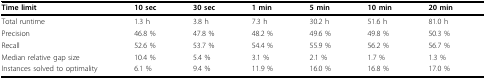
<table><thead><tr><td><b>Time limit</b></td><td><b>10 sec</b></td><td><b>30 sec</b></td><td><b>1 min</b></td><td><b>5 min</b></td><td><b>10 min</b></td><td><b>20 min</b></td></tr></thead><tbody><tr><td>Total runtime</td><td>1.3 h</td><td>3.8 h</td><td>7.3 h</td><td>30.2 h</td><td>51.6 h</td><td>81.0 h</td></tr><tr><td>Precision</td><td>46.8 %</td><td>47.8 %</td><td>48.2 %</td><td>49.6 %</td><td>49.8 %</td><td>50.3 %</td></tr><tr><td>Recall</td><td>52.6 %</td><td>53.7 %</td><td>54.4 %</td><td>55.9 %</td><td>56.2 %</td><td>56.7 %</td></tr><tr><td>Median relative gap size</td><td>10.4 %</td><td>5.4 %</td><td>3.1 %</td><td>2.1 %</td><td>1.7 %</td><td>1.3 %</td></tr><tr><td>Instances solved to optimality</td><td>6.1 %</td><td>9.4 %</td><td>11.9 %</td><td>16.0 %</td><td>16.8 %</td><td>17.0 %</td></tr></tbody></table>